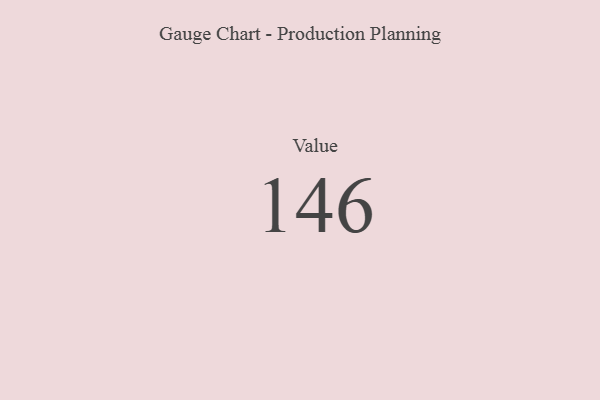
{"axis": {"x": "Metric", "y": "Value"}, "legend": [""], "data": [{"x": "Value", "y": 146, "type": ""}]}